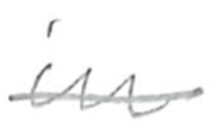
Text: in
Cross-out: mix
Writing tool: pencil